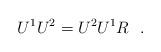
LaTeX: \begin{align*}U^{1} U^{2} = U^{2} U^{1} R\ \ . \end{align*}